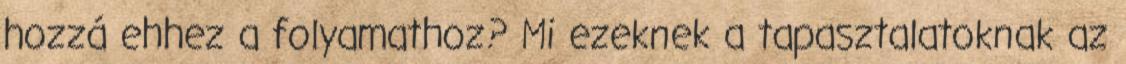
hozzá ehhez a folyamathoz? Mi ezeknek a tapasztalatoknak az